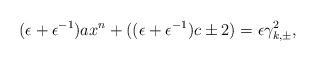
LaTeX: \begin{align*} (\epsilon+\epsilon^{-1})ax^n+((\epsilon+\epsilon^{-1} )c\pm 2)=\epsilon \gamma_{k,\pm}^2,\end{align*}